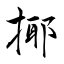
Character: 揶